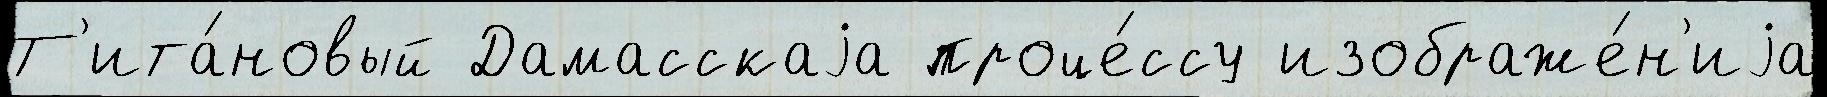
Т'ита́новый Дамасскаjа проце́ссу изображе́н'иjа